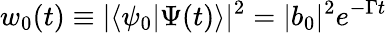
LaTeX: w_{0}(t)\equiv|\langle\psi_{0}|\Psi(t)\rangle|^{2}=|b_{0}|^{2}e^{-\Gamma t}